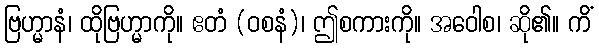
ဗြဟ္မာနံ၊ ထိုဗြဟ္မာကို။ ဧတံ (ဝစနံ)၊ ဤစကားကို။ အဝေါစ၊ ဆို၏။ ကိံ